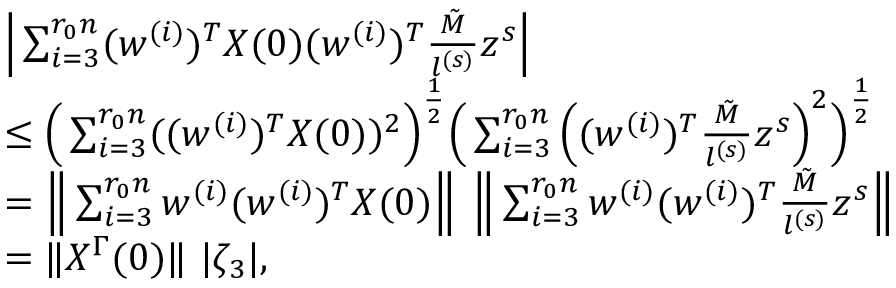
\begin{array} { r l } & { \Big | \sum _ { i = 3 } ^ { r _ { 0 } n } ( w ^ { ( i ) } ) ^ { T } X ( 0 ) ( w ^ { ( i ) } ) ^ { T } \frac { \tilde { M } } { l ^ { ( s ) } } z ^ { s } \Big | } \\ & { \le \Big ( \sum _ { i = 3 } ^ { r _ { 0 } n } ( ( w ^ { ( i ) } ) ^ { T } X ( 0 ) ) ^ { 2 } \Big ) ^ { \frac 1 2 } \Big ( \sum _ { i = 3 } ^ { r _ { 0 } n } \Big ( ( w ^ { ( i ) } ) ^ { T } \frac { \tilde { M } } { l ^ { ( s ) } } z ^ { s } \Big ) ^ { 2 } \Big ) ^ { \frac 1 2 } } \\ & { = \Big \| \sum _ { i = 3 } ^ { r _ { 0 } n } w ^ { ( i ) } ( w ^ { ( i ) } ) ^ { T } X ( 0 ) \Big \| ~ \Big \| \sum _ { i = 3 } ^ { r _ { 0 } n } w ^ { ( i ) } ( w ^ { ( i ) } ) ^ { T } \frac { \tilde { M } } { l ^ { ( s ) } } z ^ { s } \Big \| } \\ & { = \| X ^ { \Gamma } ( 0 ) \| ~ | \zeta _ { 3 } | , } \end{array}